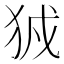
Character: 𤞉